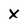
Character: X